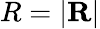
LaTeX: R=|\textbf{R}|